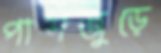
পাশজুড়ে